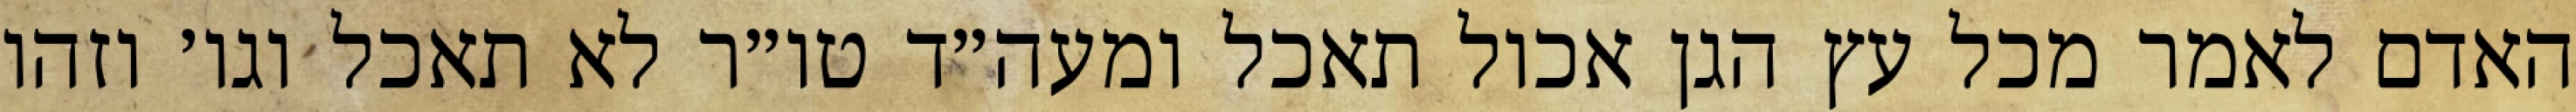
האדם לאמר מכל עץ הגן אכול תאכל ומעה״ד טו״ר לא תאכל וגו׳ וזהו